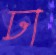
ঢা